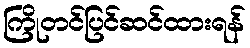
ကြိုတင်ပြင်ဆင်ထားရန်